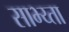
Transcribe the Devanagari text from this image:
साभ्य्ता